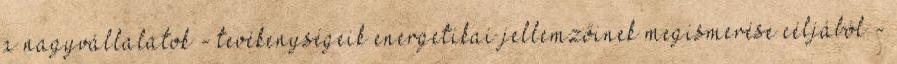
a nagy­vál­la­la­tok - te­vé­keny­sé­ge­ik ener­ge­ti­kai jel­lem­ző­i­nek meg­is­me­ré­se cél­já­ból -